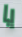
يا